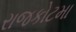
રાજકોટમા